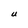
Character: U